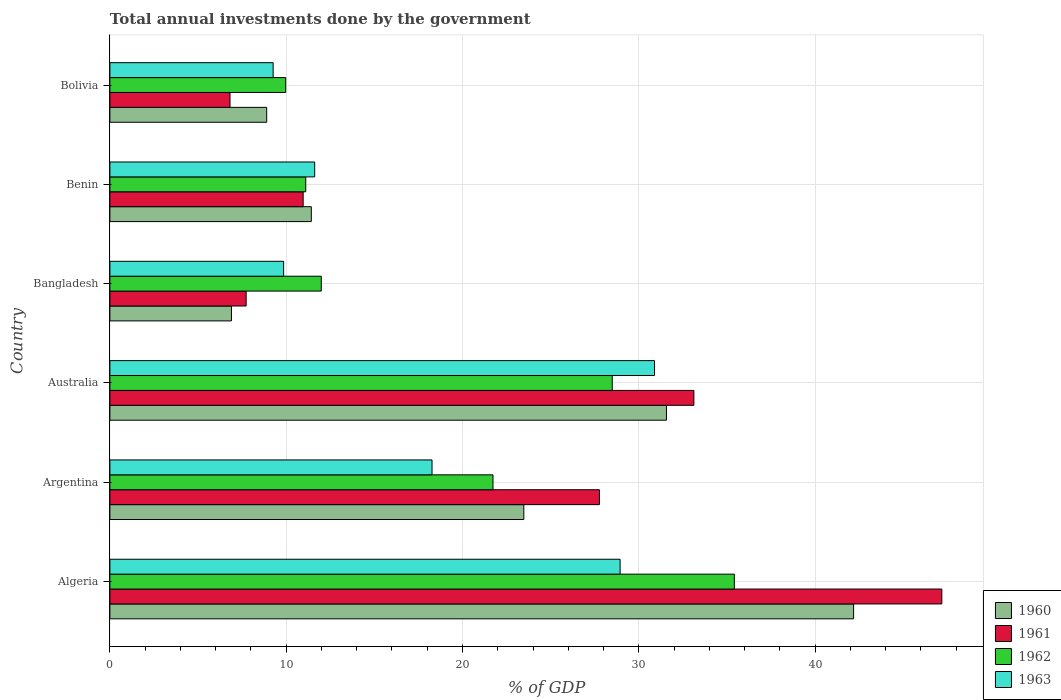
| Country | 1960 | 1961 | 1962 | 1963 |
 | --- | --- | --- | --- | --- |
 | Algeria | 42.2 | 47.2 | 35.4 | 28.9 |
 | Argentina | 23.5 | 27.8 | 21.7 | 18.3 |
 | Australia | 31.6 | 33.1 | 28.5 | 30.9 |
 | Bangladesh | 6.89 | 7.73 | 12 | 9.86 |
 | Benin | 11.4 | 11 | 11.1 | 11.6 |
 | Bolivia | 8.89 | 6.81 | 9.97 | 9.26 |